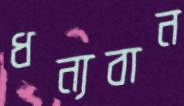
ধন্যবান